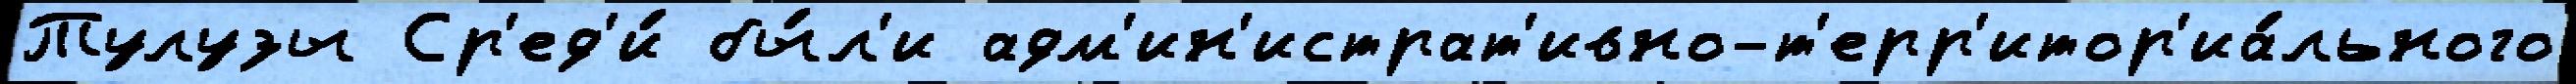
Тулузы Ср'ед'и́ бы́л'и адм'ин'истрат'ивно-т'ерр'итор'иа́льного